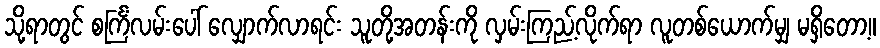
သို့ရာတွင် စင်္ကြံလမ်းပေါ် လျှောက်လာရင်း သူတို့အတန်းကို လှမ်းကြည့်လိုက်ရာ လူတစ်ယောက်မျှ မရှိတော့။